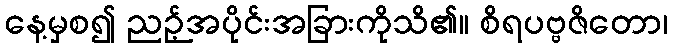
နေ့မှစ၍ ညဉ့်အပိုင်းအခြားကိုသိ၏။ စိရပဗ္ဗဇိတော၊